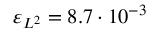
\varepsilon _ { L ^ { 2 } } = 8 . 7 \cdot 1 0 ^ { - 3 }